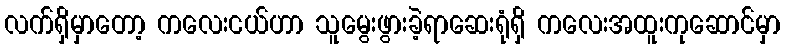
လက်ရှိမှာတော့ ကလေးငယ်ဟာ သူမွေးဖွားခဲ့ရာဆေးရုံရှိ ကလေးအထူးကုဆောင်မှာ